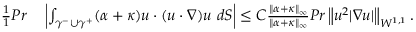
\begin{array} { r l } { \frac { 1 } { 1 } { { P r } } } & { { } \left| \int _ { \gamma ^ { - } \cup \gamma ^ { + } } ( \alpha + \kappa ) u \cdot ( u \cdot \nabla ) u \ d S \right| \leq C \frac { \| \alpha + \kappa \| _ { \infty } } { \| \alpha + \kappa \| _ { \infty } } { { P r } } \left\| u ^ { 2 } | \nabla u | \right\| _ { W ^ { 1 , 1 } } . } \end{array}